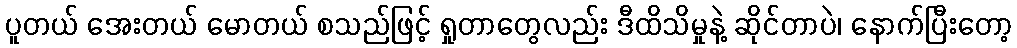
ပူတယ် အေးတယ် မောတယ် စသည်ဖြင့် ရှုတာတွေလည်း ဒီထိသိမှုနဲ့ ဆိုင်တာပဲ၊ နောက်ပြီးတော့